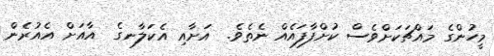
މީހުންގެ މައްޗަކަށްވެސް ކުށްފާފައެއް ނެތެވެ.  އަށާއި އެކަލާނގެ  އާއަށް އެއުރެން